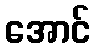
အောင်